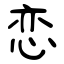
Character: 恋